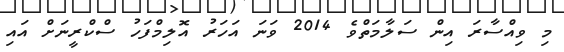
މި ވިއްސާރަ އިން ސަލާމަތްވެ 2014 ވަނަ އަހަރު އޮލިމްފަހު ސްކްރީނަށް އައި